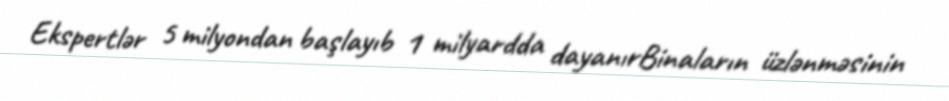
Ekspertlər 5 milyondan başlayıb 1 milyardda dayanırBinaların üzlənməsinin